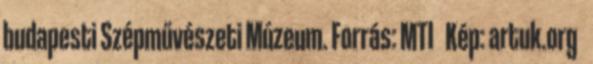
budapesti Szépművészeti Múzeum. Forrás: MTI Kép: artuk.org